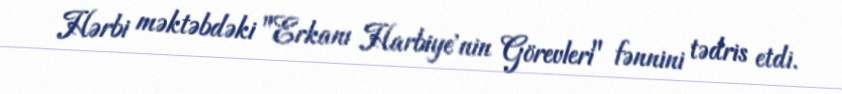
Hərbi məktəbdəki "Erkanı Harbiye'nin Görevleri" fənnini tədris etdi.